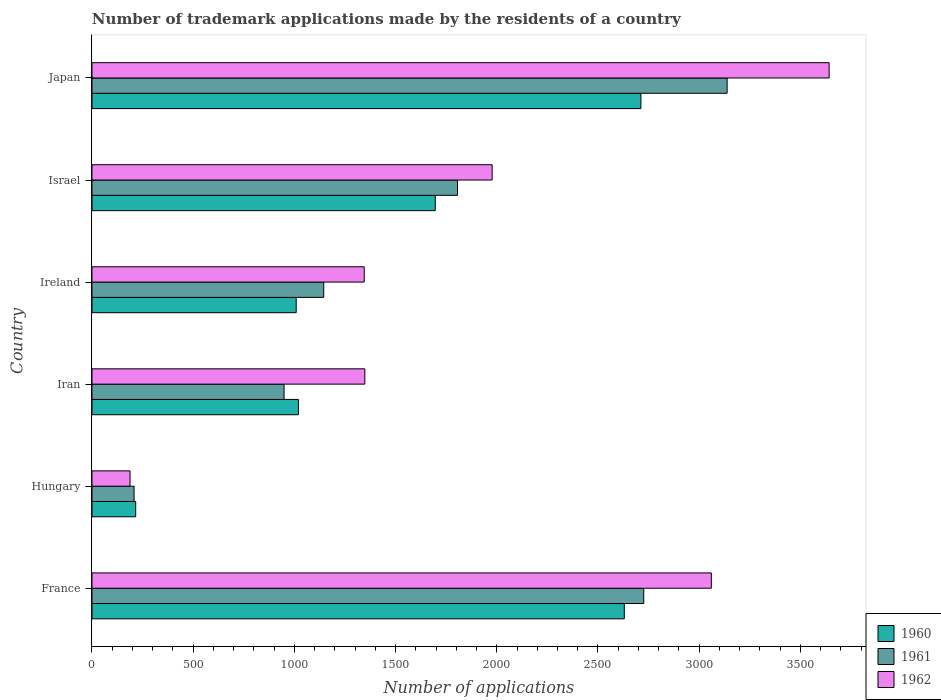
| Country | 1960 | 1961 | 1962 |
 | --- | --- | --- | --- |
 | France | 2.63e+03 | 2.73e+03 | 3.06e+03 |
 | Hungary | 216 | 208 | 188 |
 | Iran | 1.02e+03 | 949 | 1.35e+03 |
 | Ireland | 1.01e+03 | 1.14e+03 | 1.34e+03 |
 | Israel | 1.7e+03 | 1.81e+03 | 1.98e+03 |
 | Japan | 2.71e+03 | 3.14e+03 | 3.64e+03 |